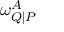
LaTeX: \omega _ { Q | P } ^ { A }